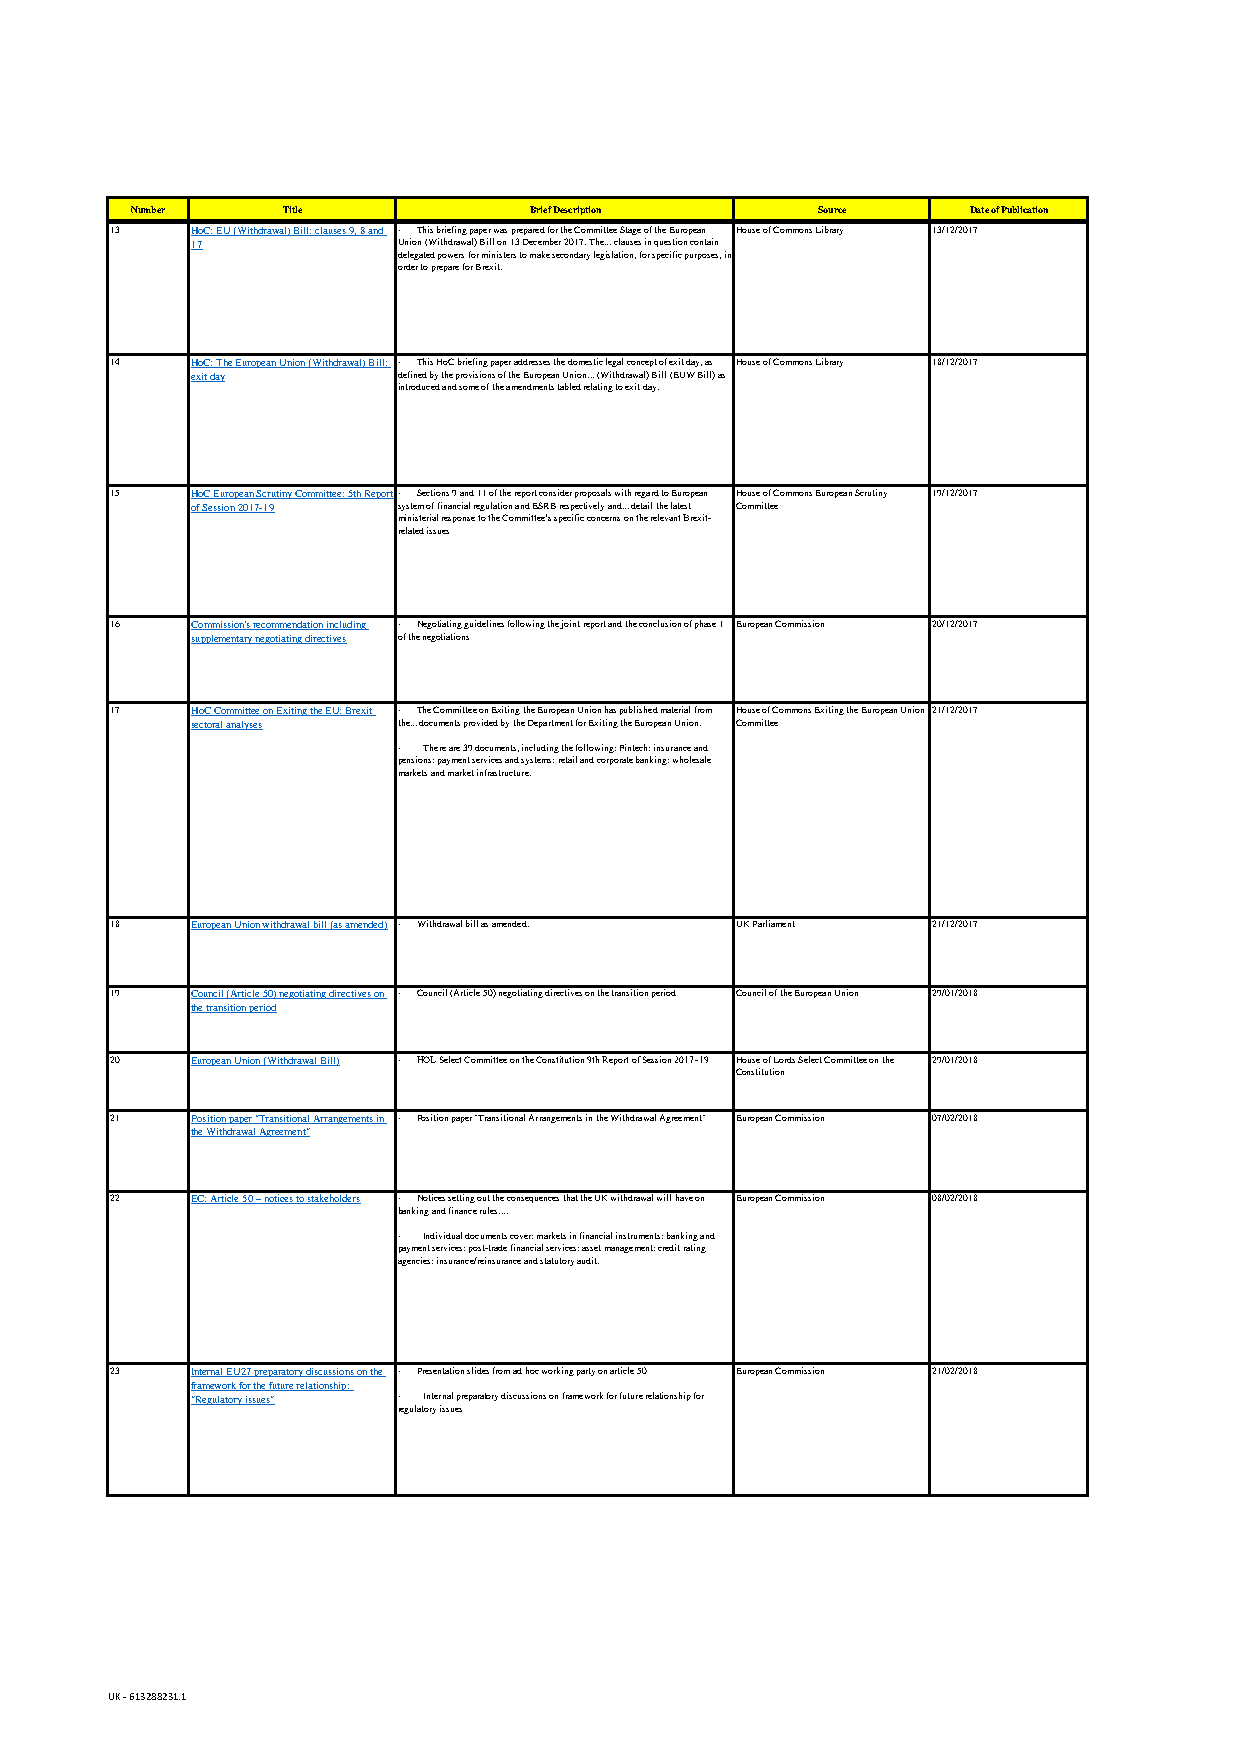
Number    Title           Brief Description  Source    Date of Publication
 13    HoC: EU (Withdrawal) Bill: clauses 9, 8 and · This briefing paper was prepared for the Committee Stage of the European House of Commons Library 13/12/2017
 17           Union (Withdrawal) Bill on 13 December 2017. The... clauses in question contain
 delegated powers for ministers to make secondary legislation, for specific purposes, in
 order to prepare for Brexit.
 14    HoC: The European Union (Withdrawal) Bill: · This HoC briefing paper addresses the domestic legal concept of exit day, as House of Commons Library 18/12/2017
 exit day     defined by the provisions of the European Union... (Withdrawal) Bill (EUW Bill) as
 introduced and some of the amendments tabled relating to exit day.
 15    HoC European Scrutiny Committee: 5th Report · Sections 9 and 11 of the report consider proposals with regard to European House of Commons European Scrutiny 19/12/2017
 of Session 2017-19 system of financial regulation and ESRB respectively and... detail the latest Committee
 ministerial response to the Committee’s specific concerns on the relevant Brexit-
 related issues
 16    Commission's recommendation including · Negotiating guidelines following the joint report and the conclusion of phase 1 European Commission 20/12/2017
 supplementary negotiating directives of the negotiations
 17    HoC Committee on Exiting the EU: Brexit · The Committee on Exiting the European Union has published material from House of Commons Exiting the European Union 21/12/2017
 sectoral analyses the... documents provided by the Department for Exiting the European Union. Committee
 · There are 39 documents, including the following: Fintech; insurance and
 pensions; payment services and systems; retail and corporate banking; wholesale
 markets and market infrastructure.
 18    European Union withdrawal bill (as amended) · Withdrawal bill as amended. UK Parliament 21/12/2017
 19    Council (Article 50) negotiating directives on · Council (Article 50) negotiating directives on the transition period Council of the European Union 29/01/2018
 the transition period
 20    European Union (Withdrawal Bill) · HOL Select Committee on the Constitution 9th Report of Session 2017–19 House of Lords Select Committee on the 29/01/2018
 Constitution
 21    Position paper "Transitional Arrangements in · Position paper "Transitional Arrangements in the Withdrawal Agreement" European Commission 07/02/2018
 the Withdrawal Agreement"
 22    EC: Article 50 – notices to stakeholders · Notices setting out the consequences that the UK withdrawal will have on European Commission 08/02/2018
 banking and finance rules....
 · Individual documents cover: markets in financial instruments; banking and
 payment services; post-trade financial services; asset management; credit rating
 agencies; insurance/reinsurance and statutory audit.
 23    Internal EU27 preparatory discussions on the · Presentation slides from ad hoc working party on article 50 European Commission 21/02/2018
 framework for the future relationship:
 "Regulatory issues" · Internal preparatory discussions on framework for future relationship for
 regulatory issues
 UK - 613288231.1